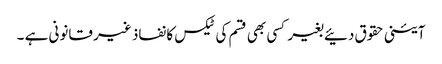
آئینی حقوق دئیے بغیر کسی بھی قسم کی ٹیکس کا نفاذ غیر قانونی ہے ۔